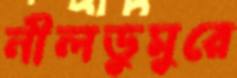
নীলডুমুরে